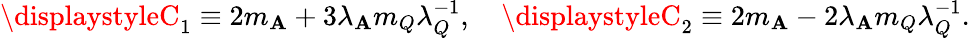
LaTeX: \displaystyleC_{1}\equiv2m_{\mathbf{A}}+3\lambda_{\mathbf{A}}m_{Q}\lambda_{Q}^{-1},\quad\displaystyleC_{2}\equiv2m_{\mathbf{A}}-2\lambda_{\mathbf{A}}m_{Q}\lambda_{Q}^{-1}.